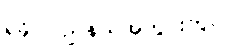
ရခိုင်ပြည်နယ်အတွင်းတွင်